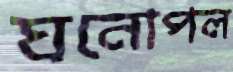
ঘনোপল